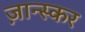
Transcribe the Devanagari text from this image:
ज़ान्स्कर